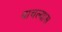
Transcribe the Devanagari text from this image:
वाचल्यास